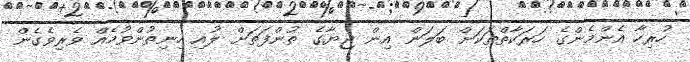
ހުރިހާ އެންމެންގެ ހަރަކާތްތަކަށް ބަލަން އިން ޖިޔާގެ ތުންފަތަށް ލުއި ހިނިތުންވުމެއް ވެރިވެގެން